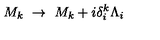
M _ { k } \ \rightarrow \ M _ { k } + i \delta _ { i } ^ { k } \Lambda _ { i }